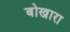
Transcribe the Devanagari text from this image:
बोखारा